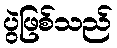
ပွဲဖြစ်သည်